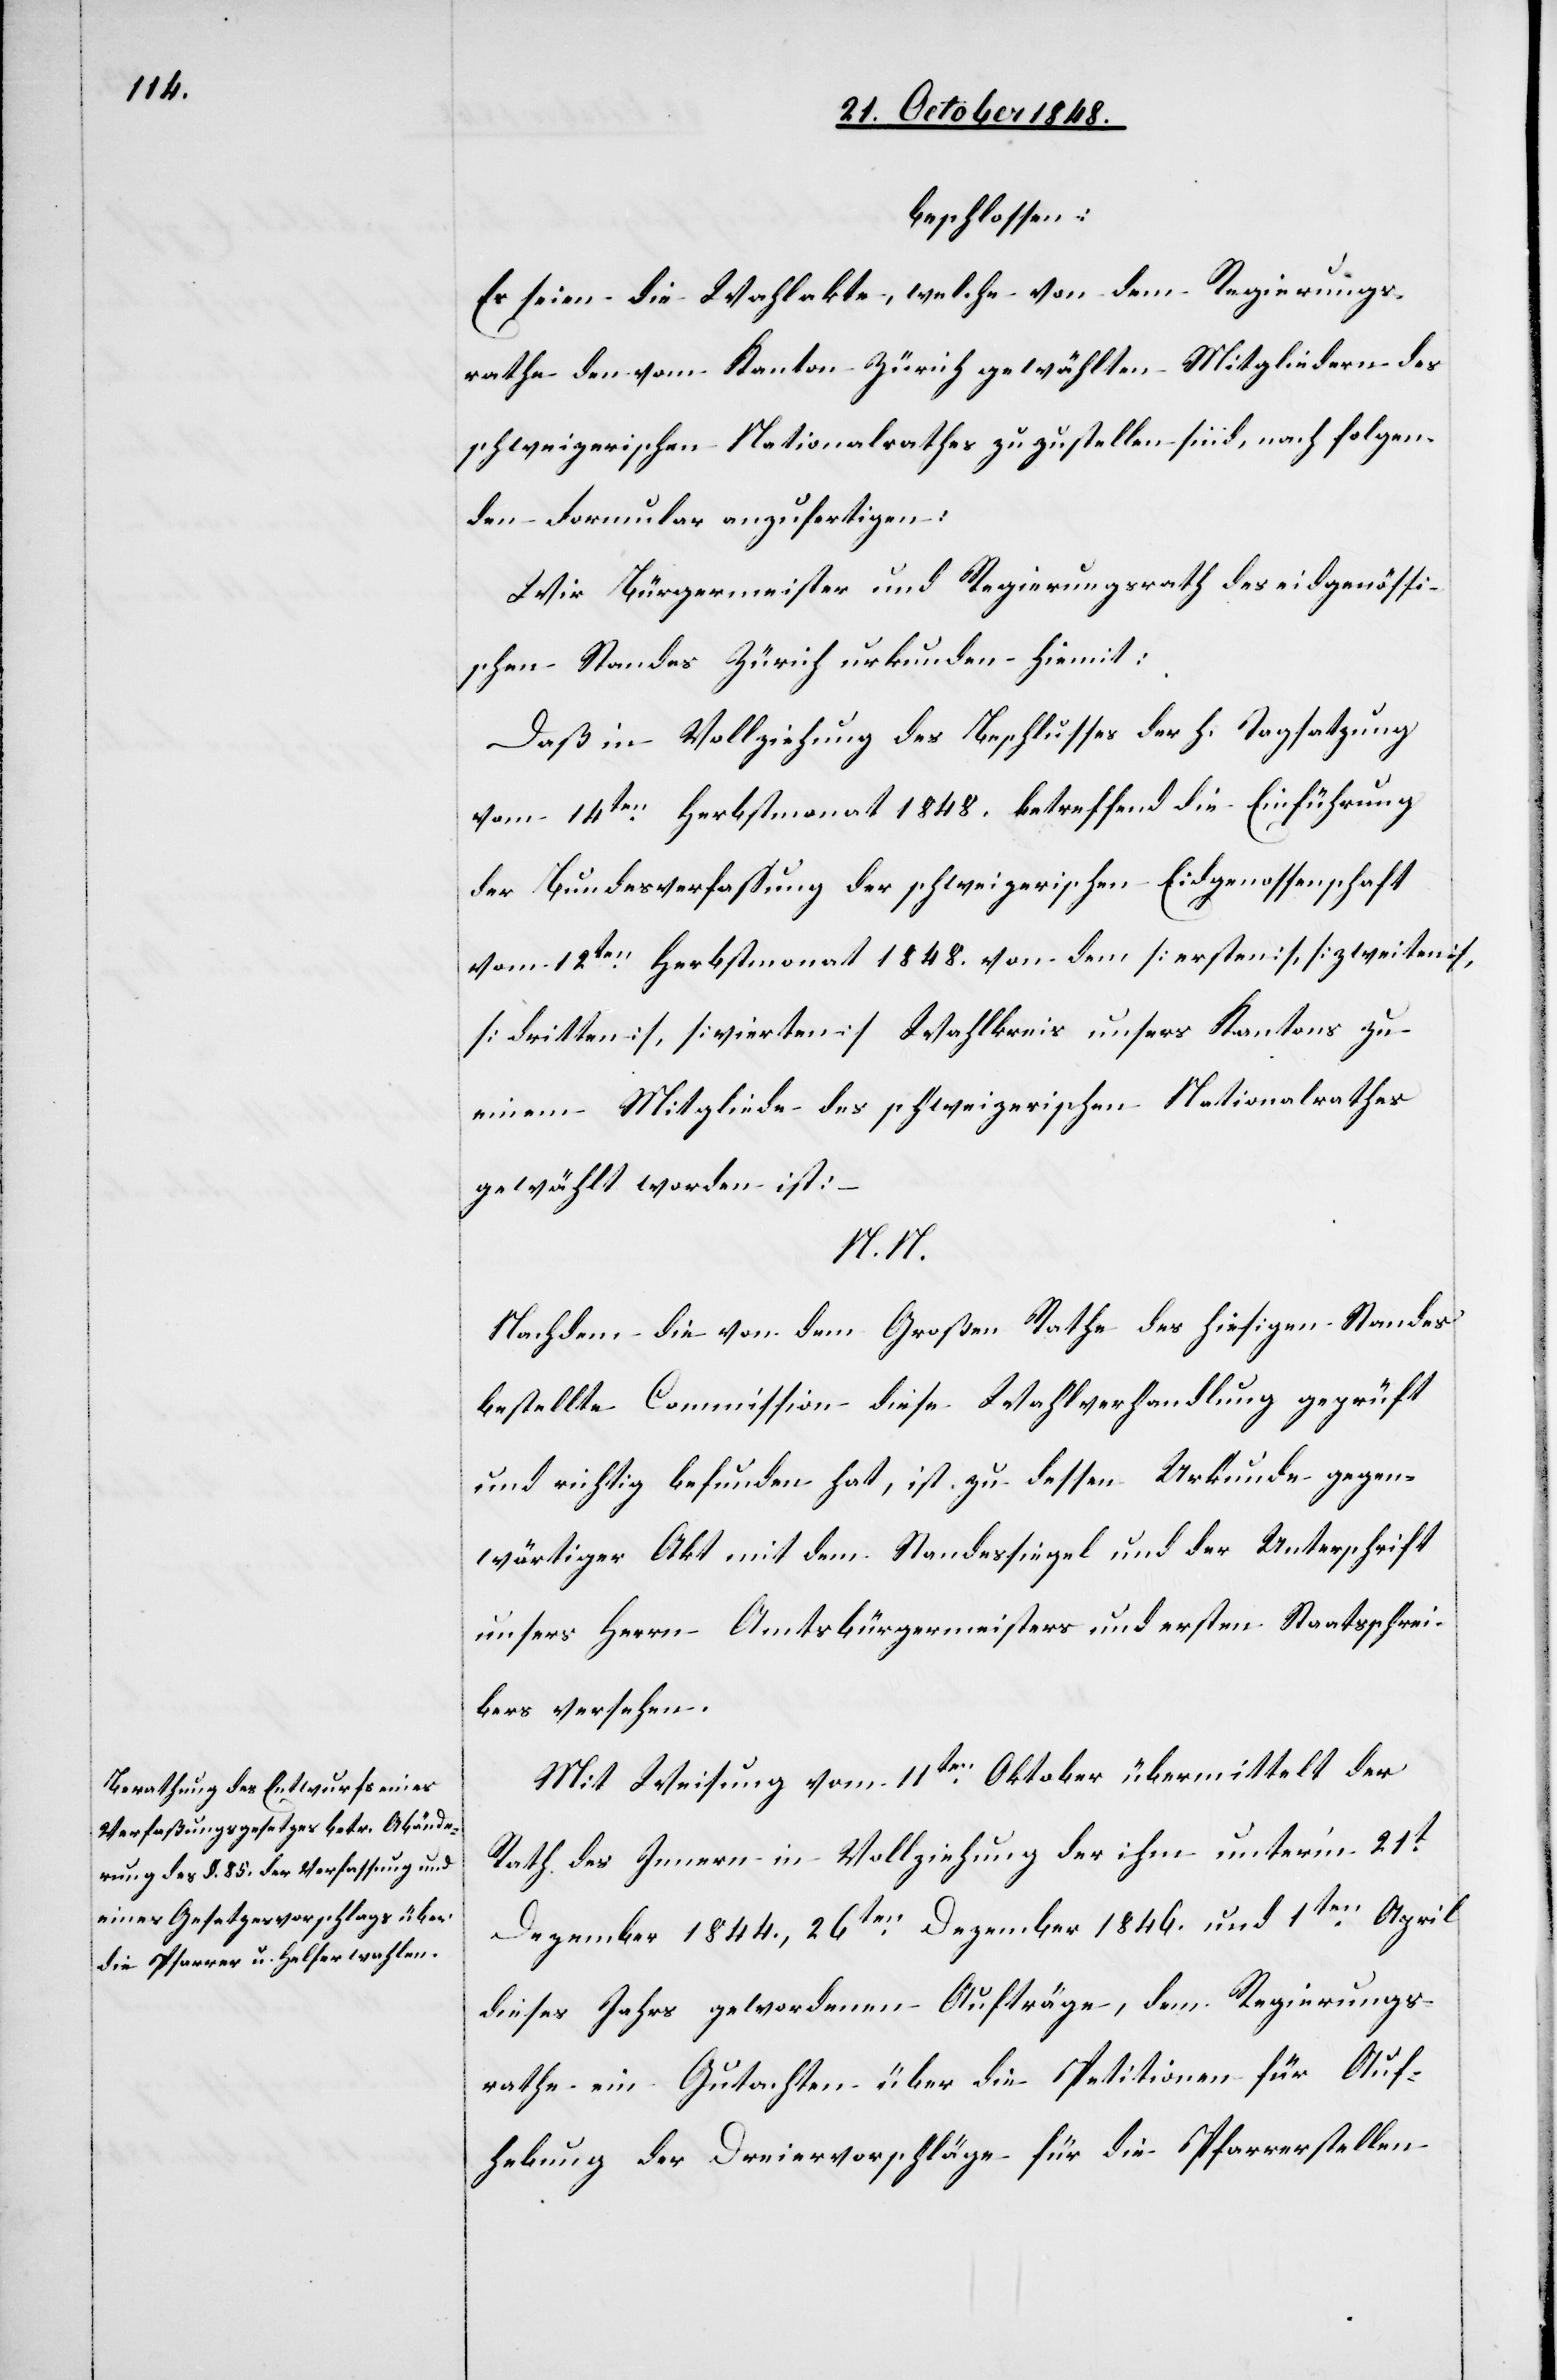
beschlossen:
Es seien die Wahlakten, welche von dem Regierungs¬
rathe den vom Kanton Zürich gewählten Mitgliedern des
schweizerischen Nationalrathes zuzustellen sind, nach folgen¬
dem Formular anzufertigen;
Wir Bürgermeister und Regierungsrath des eidgenössi¬
schen Standes Zürich urkunden hiemit:
Daß in Vollziehung des Beschlusses der h. Tagsatzung
vom 14ten Herbstmonat 1848. betreffend die Einführung
der Bundesverfassung der schweizerischen Eidgenossenschaft
vom 12ten Herbstmonat 1848. von dem [ersten], [zweiten],
[dritten], [vierten] Wahlkreis unsers Kantons zu
einem Mitgliede des schweizerischen Nationalrathes
gewählt worden ist;
N. N.
Nachdem die von dem Großen Rathe des hiesigen Standes
bestellte Commission diese Wahlverhandlung geprüft
und richtig befunden hat, ist zu dessen Urkunde gegen¬
wärtiger Akt mit dem Standessiegel und der Unterschrift
unsers Herrn Amtsbürgermeisters und ersten Staatsschrei¬
bers versehen.
Mit Weisung vom 11ten Oktober übermittelt der
Rath des Innern in Vollziehung der ihm unter’m 21t
Dezember 1844., 26ten Dezember 1846. und 1ten April
dieses Jahrs gewordenen Aufträge, dem Regierungs¬
rathe ein Gutachten über die Petitionen für Auf¬
hebung der Dreiervorschläge für die Pfarrerstellen